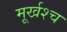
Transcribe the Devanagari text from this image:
मूर्खश्च